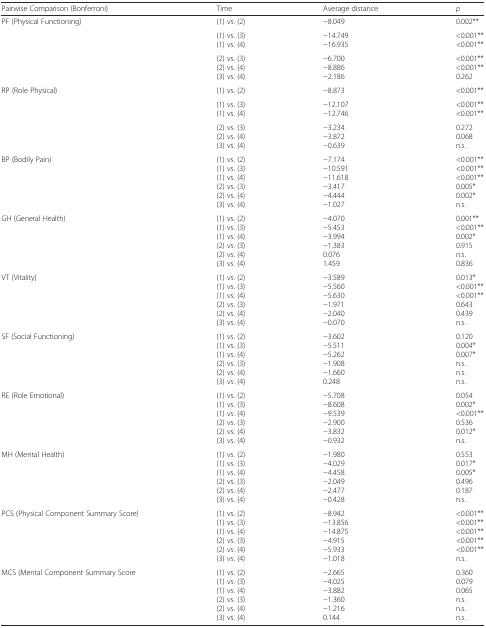
<table><thead><tr><td><b>Pairwise Comparison (Bonferroni)</b></td><td><b>Time</b></td><td><b>Average distance</b></td><td><b><i>p</i></b></td></tr></thead><tbody><tr><td>PF (Physical Functioning)</td><td>(1) vs. (2)</td><td>−8.049</td><td>0.002**</td></tr><tr><td></td><td>(1) vs. (3)(1) vs. (4)</td><td>−14.749−16.935</td><td>&lt;0.001**&lt;0.001**</td></tr><tr><td></td><td>(2) vs. (3)(2) vs. (4)(3) vs. (4)</td><td>−6.700−8.886−2.186</td><td>&lt;0.001**&lt;0.001**0.262</td></tr><tr><td>RP (Role Physical)</td><td>(1) vs. (2)</td><td>−8.873</td><td>&lt;0.001**</td></tr><tr><td></td><td>(1) vs. (3)(1) vs. (4)</td><td>−12.107−12.746</td><td>&lt;0.001**&lt;0.001**</td></tr><tr><td></td><td>(2) vs. (3)(2) vs. (4)(3) vs. (4)</td><td>−3.234−3.872−0.639</td><td>0.2720.068n.s.</td></tr><tr><td>BP (Bodily Pain)</td><td>(1) vs. (2)(1) vs. (3)(1) vs. (4)(2) vs. (3)(2) vs. (4)(3) vs. (4)</td><td>−7.174−10.591−11.618−3.417−4.444−1.027</td><td>&lt;0.001**&lt;0.001**&lt;0.001**0.005*0.002*n.s.</td></tr><tr><td>GH (General Health)</td><td>(1) vs. (2)(1) vs. (3)(1) vs. (4)(2) vs. (3)(2) vs. (4)(3) vs. (4)</td><td>−4.070−5.453−3.994−1.3830.0761.459</td><td>0.001**&lt;0.001**0.002*0.915n.s.0.836</td></tr><tr><td>VT (Vitality)</td><td>(1) vs. (2)(1) vs. (3)(1) vs. (4)(2) vs. (3)(2) vs. (4)(3) vs. (4)</td><td>−3.589−5.560−5.630−1.971−2.040−0.070</td><td>0.013*&lt;0.001**&lt;0.001**0.6430.439n.s.</td></tr><tr><td>SF (Social Functioning)</td><td>(1) vs. (2)(1) vs. (3)(1) vs. (4)(2) vs. (3)(2) vs. (4)(3) vs. (4)</td><td>−3.602−5.511−5.262−1.908−1.6600.248</td><td>0.1200.004*0.007*n.s.n.s.n.s.</td></tr><tr><td>RE (Role Emotional)</td><td>(1) vs. (2)(1) vs. (3)(1) vs. (4)(2) vs. (3)(2) vs. (4)(3) vs. (4)</td><td>−5.708−8.608−9.539−2.900−3.832−0.932</td><td>0.0540.002*&lt;0.001**0.5360.012*n.s.</td></tr><tr><td>MH (Mental Health)</td><td>(1) vs. (2)(1) vs. (3)(1) vs. (4)(2) vs. (3)(2) vs. (4)(3) vs. (4)</td><td>−1.980−4.029−4.458−2.049−2.477−0.428</td><td>0.5530.017*0.005*0.4960.187n.s.</td></tr><tr><td>PCS (Physical Component Summary Score)</td><td>(1) vs. (2)(1) vs. (3)(1) vs. (4)(2) vs. (3)(2) vs. (4)(3) vs. (4)</td><td>−8.942−13.856−14.875−4.915−5.933−1.018</td><td>&lt;0.001**&lt;0.001**&lt;0.001**&lt;0.001**&lt;0.001**n.s.</td></tr><tr><td>MCS (Mental Component Summary Score</td><td>(1) vs. (2)(1) vs. (3)(1) vs. (4)(2) vs. (3)(2) vs. (4)(3) vs. (4)</td><td>−2.665−4.025−3.882−1.360−1.2160.144</td><td>0.3600.0790.065n.s.n.s.n.s.</td></tr></tbody></table>